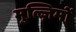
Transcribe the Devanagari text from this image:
मुल्ज़िमों